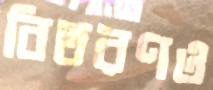
বিতরণও